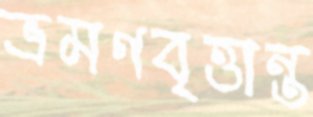
ভ্রমণবৃত্তান্ত